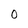
Character: 0